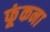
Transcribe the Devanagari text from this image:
फूंकना